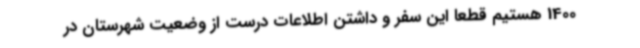
1400 هستیم قطعا این سفر و داشتن اطلاعات درست از وضعیت شهرستان در